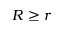
R \geq r